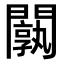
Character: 𨶝